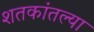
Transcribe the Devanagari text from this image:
शतकांतल्या